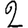
Digit: 2